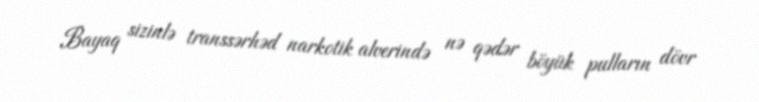
Bayaq sizinlə transsərhəd narkotik alverində nə qədər böyük pulların dövr